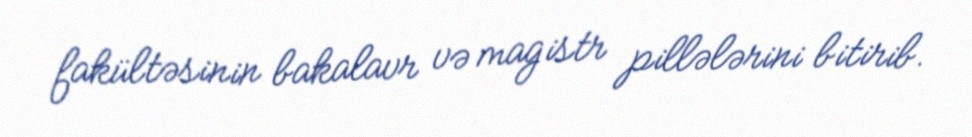
fakültəsinin bakalavr və magistr pillələrini bitirib.